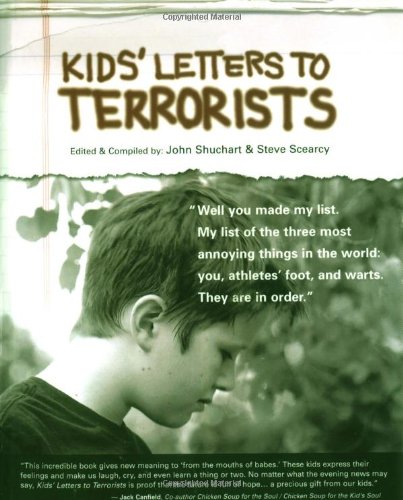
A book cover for Kids' Letters to Terrorists; John Shuchart; Literature & Fiction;